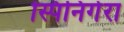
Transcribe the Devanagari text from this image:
स्पिनिगेरा